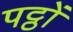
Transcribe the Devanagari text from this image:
पट्ठों